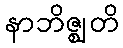
နာဘိဇ္ဈတိ